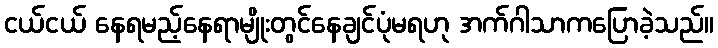
ငယ်ငယ် နေရမည့်နေရာမျိုးတွင်နေချင်ပုံမရဟု အက်ဂါသာကပြောခဲ့သည်။